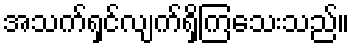
အသက်ရှင်လျက်ရှိကြသေးသည်။